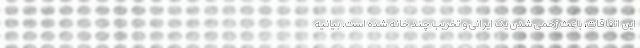
این اتفاقات، باعث زخمی شدن یک ایرانی و تخریب چند خانه شده است. بیانیه